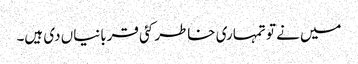
میں نے تو تمہاری خاطر کئی قربانیاں دی ہیں۔